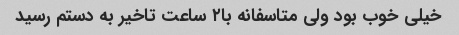
خیلی خوب بود ولی متاسفانه با۲ ساعت تاخیر به دستم رسید